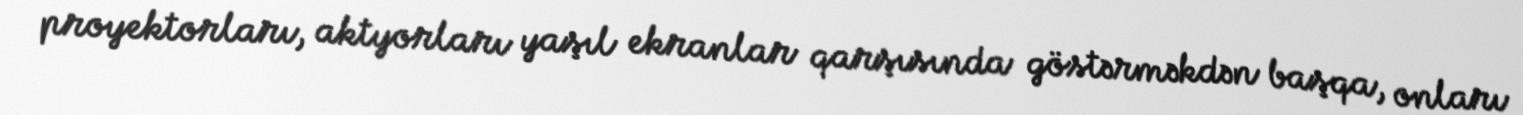
proyektorları, aktyorları yaşıl ekranlar qarşısında göstərməkdən başqa, onları